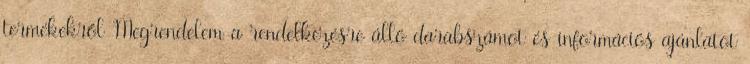
termékekről Megrendelem a rendelkezésre álló darabszámot és információs ajánlatot